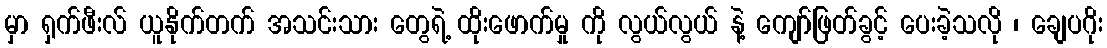
မှာ ရှက်ဖီးလ် ယူနိုက်တက် အသင်းသား တွေရဲ့ ထိုးဖောက်မှု ကို လွယ်လွယ် နဲ့ ကျော်ဖြတ်ခွင့် ပေးခဲ့သလို ၊ ချေပဂိုး